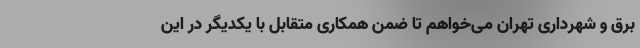
برق و شهرداری تهران می‌خواهم تا ضمن همکاری متقابل با یکدیگر در این